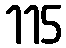
115